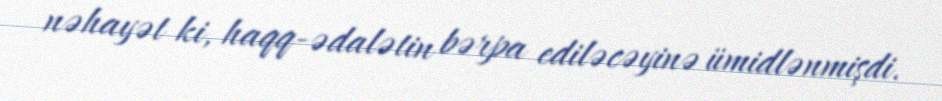
nəhayət ki, haqq-ədalətin bərpa ediləcəyinə ümidlənmişdi.